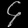
Digit: ၄